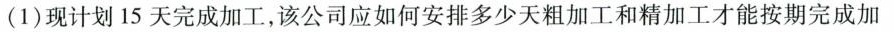
(1)现计划15天完成加工，该公司应如何安排多少天粗加工和精加工才能按期完成加